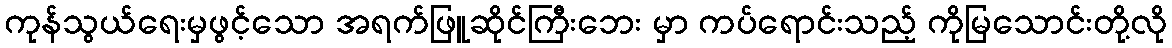
ကုန်သွယ်ရေးမှဖွင့်သော အရက်ဖြူဆိုင်ကြီးဘေး မှာ ကပ်ရောင်းသည့် ကိုမြသောင်းတို့လို